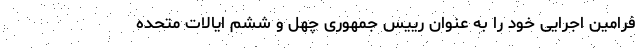
فرامین اجرایی خود را به عنوان رییس جمهوری چهل و ششم ایالات متحده